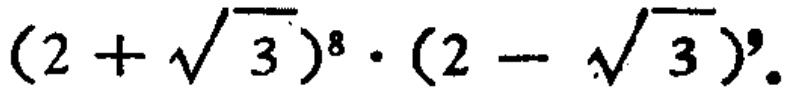
$(2 + \sqrt{3})^{8} \cdot (2 - \sqrt{3})^{9}$